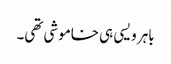
باہر ویسی ہی خاموشی تھی۔